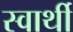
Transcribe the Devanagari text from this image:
स्‍वार्थी